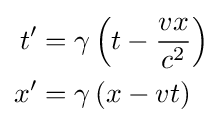
{\begin{aligned}t'&=\gamma \left(t-{\frac {vx}{c^{2}}}\right)\\x'&=\gamma \left(x-vt\right)\\\end{aligned}}